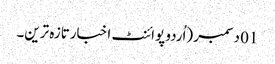
01 دسمبر (اُردو پوائنٹ اخبارتازہ ترین۔